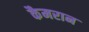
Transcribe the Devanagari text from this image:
कैमरान